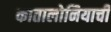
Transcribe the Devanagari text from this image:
कातालोनियाची